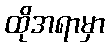
ထိုအရာမှာ